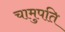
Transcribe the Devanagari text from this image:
चामुपति